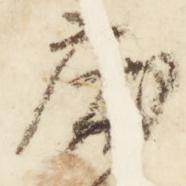
床